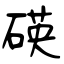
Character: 碤